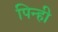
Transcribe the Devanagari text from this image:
पिन्ही